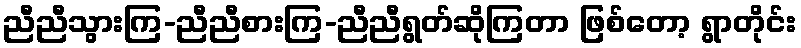
ညီညီသွားကြ-ညီညီစားကြ-ညီညီရွတ်ဆိုကြတာ ဖြစ်တော့ ရွာတိုင်း